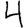
Digit: 4